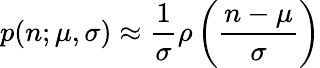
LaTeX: p(n;\mu,\sigma)\approx\frac{1}{\sigma}\rho\left(\frac{n-\mu}{\sigma}\right)